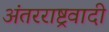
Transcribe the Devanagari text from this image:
अंतरराष्ट्रवादी